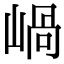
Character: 𡹬